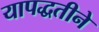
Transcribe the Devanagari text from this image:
यापद्धतीने